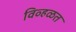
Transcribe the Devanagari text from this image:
विव्हळत